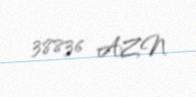
38836 AZN